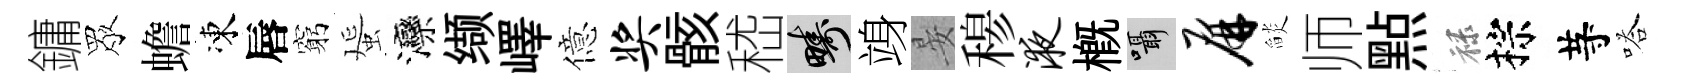
鏞眾蟾凍唇窮蜑灤缬嶧億奖骸嵇疇竧晏𥠇液概囁屏𦦨师㸃禄棕䒭嗒